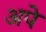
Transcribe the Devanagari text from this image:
अपे